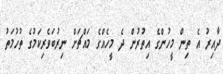
ދާއިރު އެ ތިން މީހުންގެ އިތުރުން ދެ މީހެއްގެ މައްޗަށް ނިރުބަވެރިކަމުގެ ތުހުމަތު